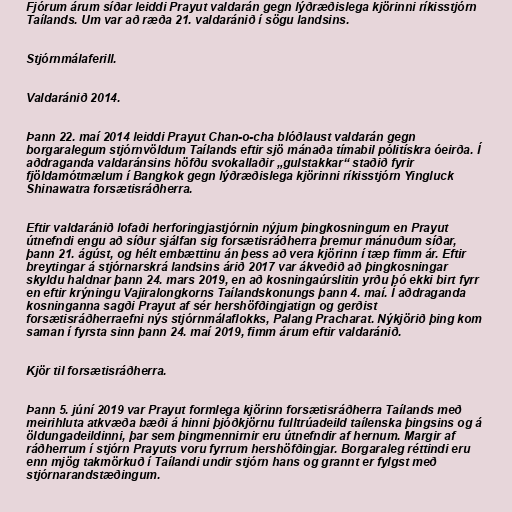
Fjórum árum síðar leiddi Prayut valdarán gegn lýðræðislega kjörinni ríkisstjórn
Taílands. Um var að ræða 21. valdaránið í sögu landsins.

Stjórnmálaferill.

Valdaránið 2014.

Þann 22. maí 2014 leiddi Prayut Chan-o-cha blóðlaust valdarán gegn
borgaralegum stjórnvöldum Taílands eftir sjö mánaða tímabil pólitískra óeirða. Í
aðdraganda valdaránsins höfðu svokallaðir „gulstakkar“ staðið fyrir
fjöldamótmælum í Bangkok gegn lýðræðislega kjörinni ríkisstjórn Yingluck
Shinawatra forsætisráðherra.

Eftir valdaránið lofaði herforingjastjórnin nýjum þingkosningum en Prayut
útnefndi engu að síður sjálfan sig forsætisráðherra þremur mánuðum síðar,
þann 21. ágúst, og hélt embættinu án þess að vera kjörinn í tæp fimm ár. Eftir
breytingar á stjórnarskrá landsins árið 2017 var ákveðið að þingkosningar
skyldu haldnar þann 24. mars 2019, en að kosningaúrslitin yrðu þó ekki birt fyrr
en eftir krýningu Vajiralongkorns Taílandskonungs þann 4. maí. Í aðdraganda
kosninganna sagði Prayut af sér hershöfðingjatign og gerðist
forsætisráðherraefni nýs stjórnmálaflokks, Palang Pracharat. Nýkjörið þing kom
saman í fyrsta sinn þann 24. maí 2019, fimm árum eftir valdaránið.

Kjör til forsætisráðherra.

Þann 5. júní 2019 var Prayut formlega kjörinn forsætisráðherra Taílands með
meirihluta atkvæða bæði á hinni þjóðkjörnu fulltrúadeild taílenska þingsins og á
öldungadeildinni, þar sem þingmennirnir eru útnefndir af hernum. Margir af
ráðherrum í stjórn Prayuts voru fyrrum hershöfðingjar. Borgaraleg réttindi eru
enn mjög takmörkuð í Taílandi undir stjórn hans og grannt er fylgst með
stjórnarandstæðingum.